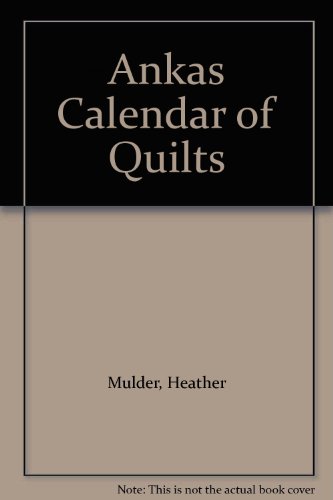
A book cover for Ankas Calendar of Quilts; Heather Mulder; Calendars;